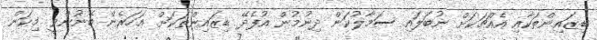
ޑިޒައިންތަކާއި އެއްޗަކަށް ނުބަލައި ސަމާލުކަން ދިނުމުން އުފެދޭ ޑިޒައިންތަކަށް. އަހަރެން ބޭނުންވީ މިކަން